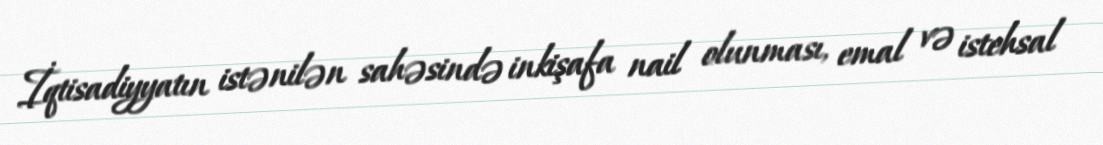
İqtisadiyyatın istənilən sahəsində inkişafa nail olunması, emal və istehsal